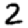
Digit: 2